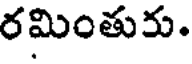
రమింతురు.